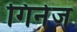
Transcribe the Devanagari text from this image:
गिनेज